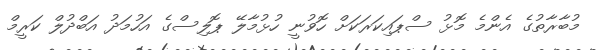
މުބާރާތުގެ އެންމެ މޮޅު ސްޕައިކަރަކަށް ހޮވުނީ ހުޅުމާލޭ ޕޮލިސްގެ އަހުމަދު އަބްދުލް ކަރީމް